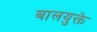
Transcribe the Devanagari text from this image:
बालयुक्ते